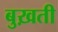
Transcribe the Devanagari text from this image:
बुख़ती